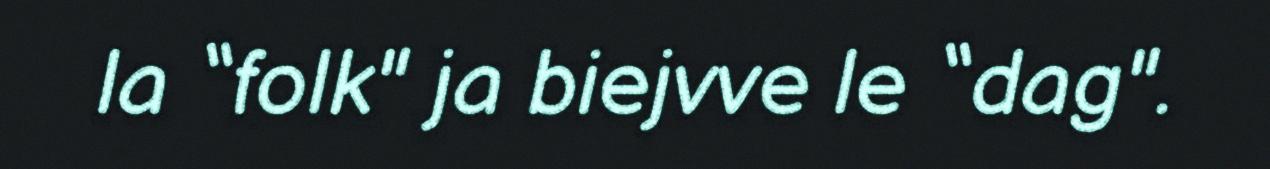
la “folk" ja biejvve le “dag".